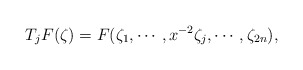
\begin{align*}T_j F (\zeta)=F (\zeta_1,\cdots,x^{-2}\zeta_j,\cdots,\zeta_{2n}), \end{align*}